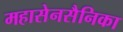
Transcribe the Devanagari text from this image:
महासेनसैनिका